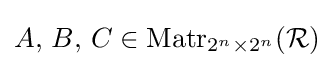
A,\,B,\,C\in \operatorname {Matr} _{2^{n}\times 2^{n}}({\mathcal {R}})